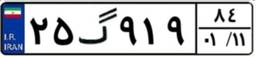
۲۵گ۹۱۹۸۴